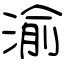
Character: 渝